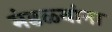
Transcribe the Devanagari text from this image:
मंडळ्यांना